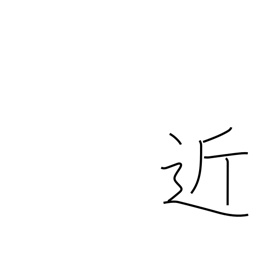
Meaning: tantamount